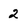
Character: 2